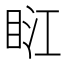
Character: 𥆀